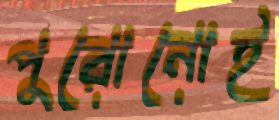
পুরোনোই